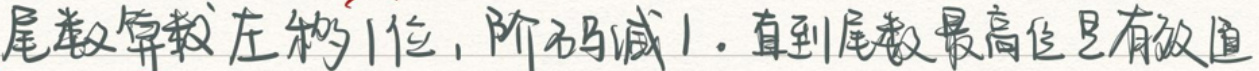
尾递归函数左移1位，阶码减1，直到尾数最高位是有效道